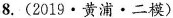
8.(2019·黄浦·二模)